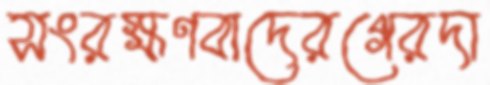
সংরক্ষণবাদেরগেরদা